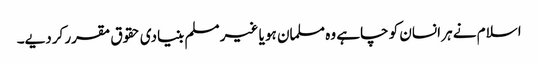
اسلام نے ہر انسان کو چاہے وہ مسلمان ہو یا غیر مسلم بنیادی حقوق مقرر کردیے۔